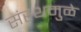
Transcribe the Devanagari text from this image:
संस्थमुळे